Bréfritari: Helga Jónsdóttir Austmann
Viðtakandi: Daníel Halldórsson
Dagsetning: A-1892-09-06
Skrifað á: Flautagerði

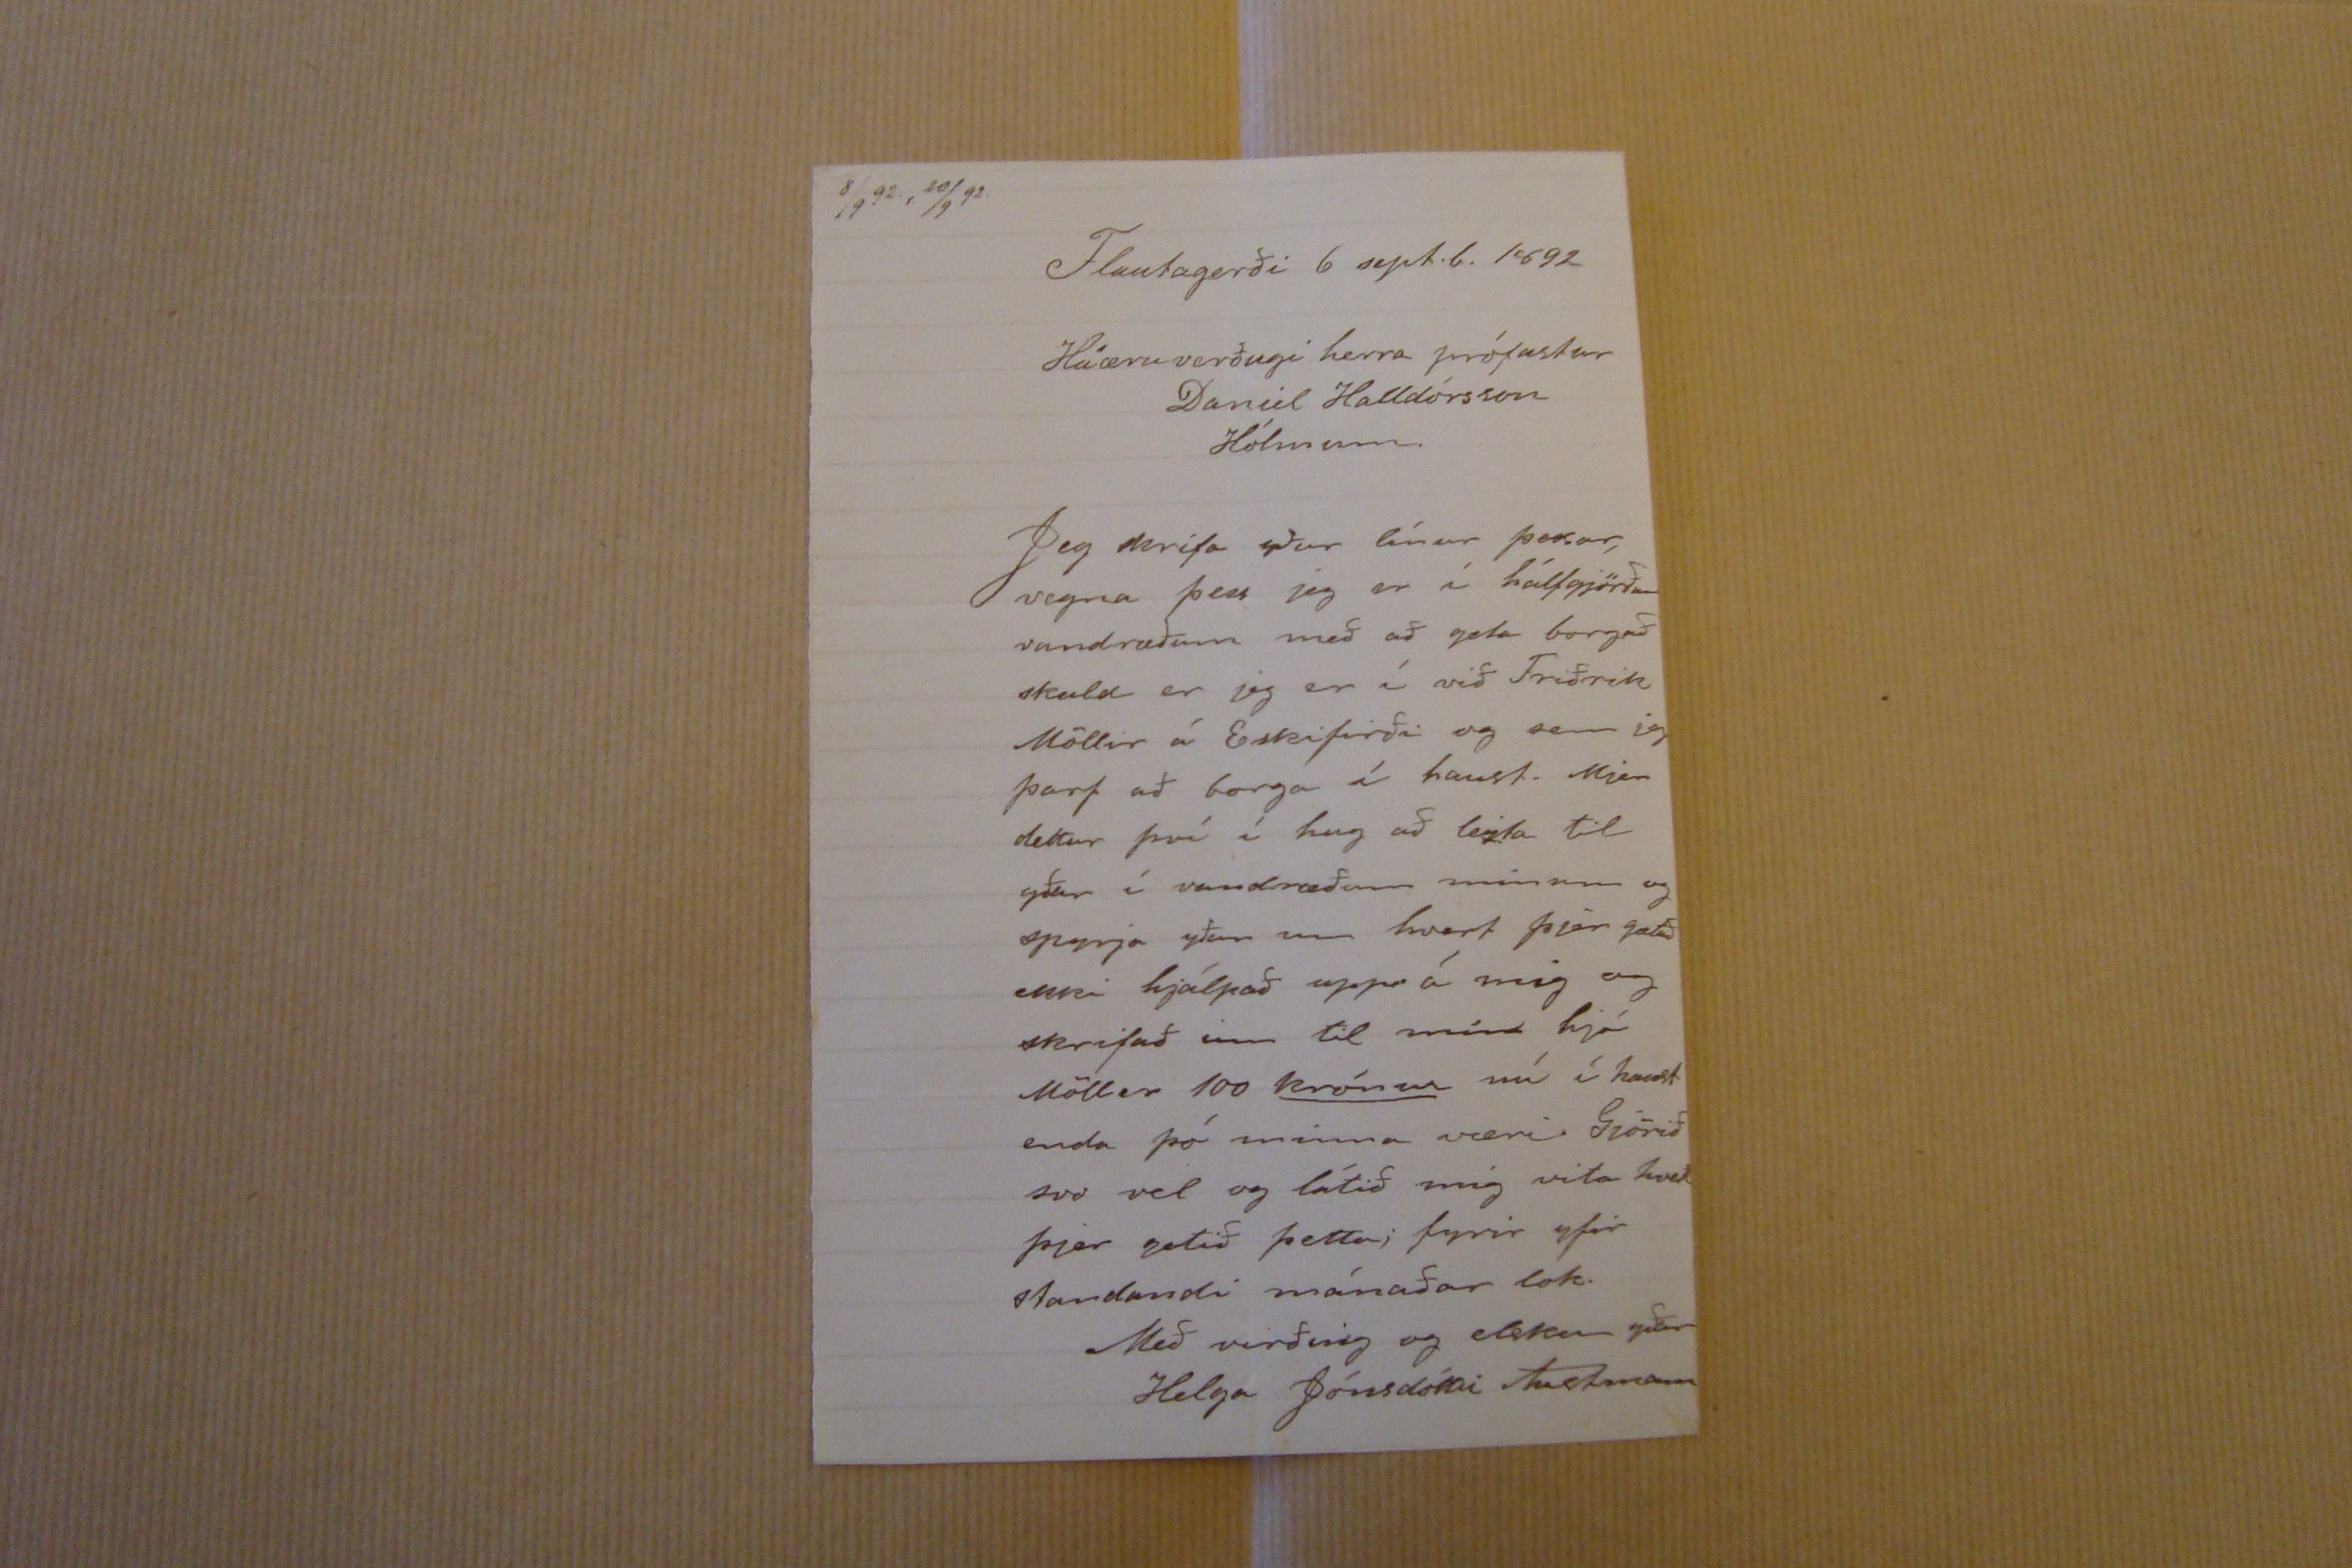

8/9 92, 20/9 92.
Flautagerði 6 sept.b. 1892
Háæruverðugi herra prófastur Daníel Halldórsson Hólmum.
Jeg skrifa yður línur þessar vegna þess jeg er í hálfgjörðum vandræðum með að geta borgað skuld er jeg er í við Friðrik Möller á Eskifirði og sem jeg þarf að borga í haust. Mjer dettur því í hug að leita til yður í vandræðum mínum og spyrja yður um hvort þjer gætuð ekki hjálpað upp á mig og skrifað inn til mín hjá Möller 100 krónur nú í haust enda þó minna væri. Gjörið svo vel og látið mig vita hvað þjer getið þetta; fyrir yfir standandi mánaðar lok.
Með virðing og elsku yðar
Helga Jónsdóttir Austmann